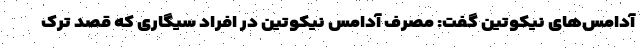
آدامس‌های نیکوتین گفت: مصرف آدامس نیکوتین در افراد سیگاری که قصد ترک